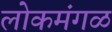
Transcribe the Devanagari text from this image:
लोकमंगळ